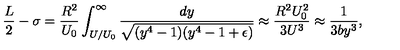
\frac { L } { 2 } - \sigma = \frac { R ^ { 2 } } { U _ { 0 } } \int _ { U / U _ { 0 } } ^ { \infty } \frac { d y } { \sqrt { ( y ^ { 4 } - 1 ) ( y ^ { 4 } - 1 + \epsilon ) } } \approx \frac { R ^ { 2 } U _ { 0 } ^ { 2 } } { 3 U ^ { 3 } } \approx \frac { 1 } { 3 b y ^ { 3 } } ,